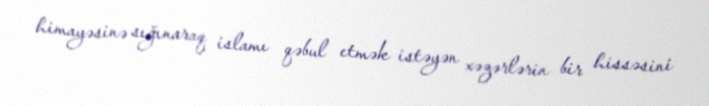
himayəsinə sığınaraq islamı qəbul etmək istəyən xəzərlərin bir hissəsini